Madras plague regulations in force outside the Presidency town - Volume 7
Disease focus: Plague
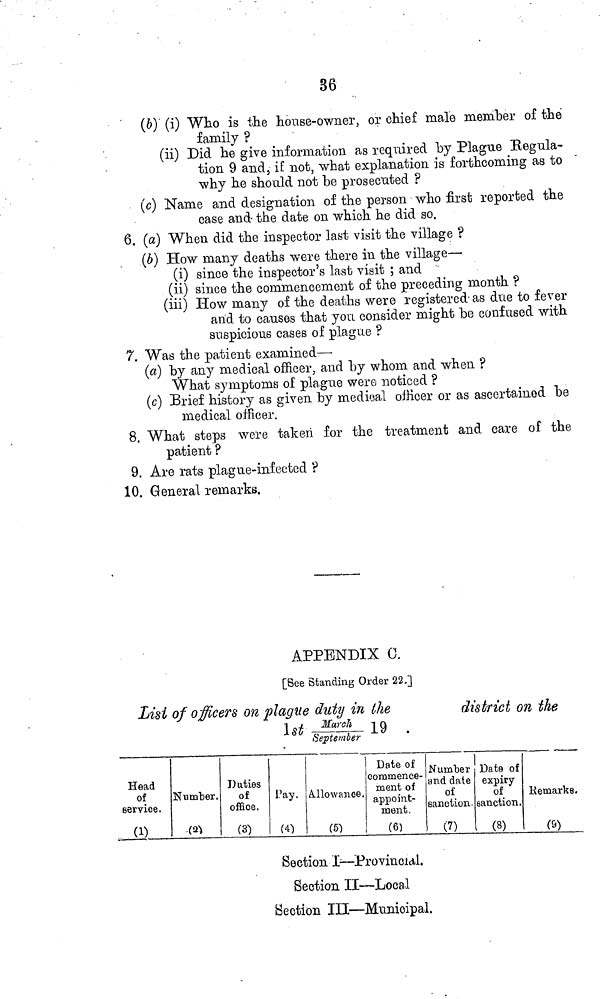
36
(6) (i) Who is the house-owner, or chief male member of thé
family ?
(ii) Did he give information as required "by Plague Regula-
tion 9 and, if not, what explanation is forthcoming as to
why he should not be prosecuted ?
(c) Name and designation of the person who first reported the
case and- the date on which he did so.
6. (a) When did the inspector last visit the village ?
(6) How many deaths were there in the village—
(i) since the inspector's last visit ; and
(ii) since the commencement of the preceding month ?
(Hi) How many of the deaths were registered-as due to fever
and to canses that you consider might be confused with
suspicious cases of plague ?
7. Was the patient examined—•
(a) by any medical officer, and by whom and when ?
What symptoms of plague were noticed ?
(c) Brief history as given by medical officer or as ascertained be
medical officer.
8. What steps were taken for the treatment and care of the
patient ?
9. Are rats plague-infected ?
10. General remarks.
APPENDIX C.
[See Standing Order 22.]
Lisi of officers on plague duty in the
district on the
1st _»£!* 19 .
September
Head
of
service.
(1)
Number.
•fa>
Duties
of
office.
(3)
Pay.
W
allowance.
(5")
Date of
commence-
ment of
appoint-
ment.
(6)
Number Date of
and date expiry
of
of
sanction, sanction.
(7)
(8)
Remarks.
(S)
Section I—Provincial.
Section II—Local
Section III—Municipal.